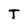
Character: T